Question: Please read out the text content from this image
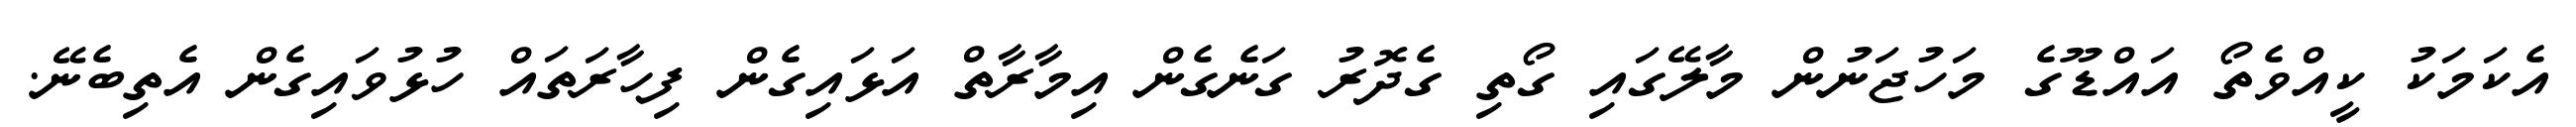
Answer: އެކަމަކު ކީއްވެތޯ އައްޑޫގެ މަހުޖަނުން މާލޭގައި ގޯތި ގެދޮރު ގަނެގެން އިމާރާތް އަޅައިގެން ފިހާރަތައް ހުޅުވައިގެން އެތިބެނޭ.